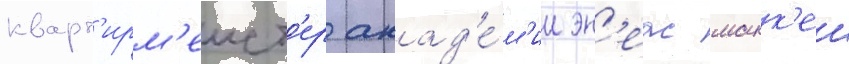
кварт'ирм'еист'ер акад'е́м'ии эн'еас макк'еи